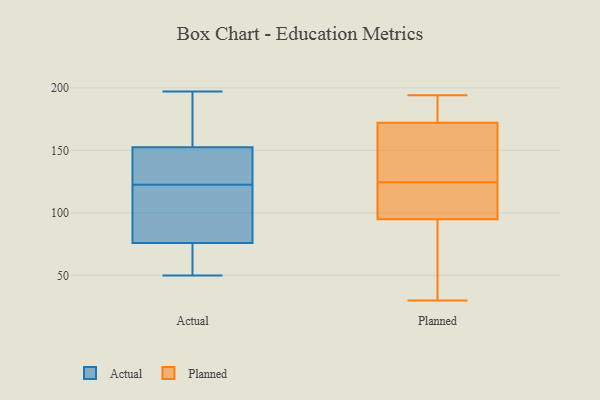
{"axis": {"x": "Waste Production (Tons)", "y": "Value"}, "legend": ["Actual", "Planned"], "data": [{"x": "", "y": 162, "type": "Actual"}, {"x": "", "y": 119, "type": "Actual"}, {"x": "", "y": 70, "type": "Actual"}, {"x": "", "y": 126, "type": "Actual"}, {"x": "", "y": 138, "type": "Actual"}, {"x": "", "y": 117, "type": "Actual"}, {"x": "", "y": 54, "type": "Actual"}, {"x": "", "y": 143, "type": "Actual"}, {"x": "", "y": 166, "type": "Actual"}, {"x": "", "y": 66, "type": "Actual"}, {"x": "", "y": 98, "type": "Actual"}, {"x": "", "y": 54, "type": "Actual"}, {"x": "", "y": 82, "type": "Actual"}, {"x": "", "y": 98, "type": "Actual"}, {"x": "", "y": 197, "type": "Actual"}, {"x": "", "y": 50, "type": "Actual"}, {"x": "", "y": 142, "type": "Actual"}, {"x": "", "y": 129, "type": "Actual"}, {"x": "", "y": 185, "type": "Actual"}, {"x": "", "y": 176, "type": "Actual"}, {"x": "", "y": 184, "type": "Planned"}, {"x": "", "y": 70, "type": "Planned"}, {"x": "", "y": 160, "type": "Planned"}, {"x": "", "y": 97, "type": "Planned"}, {"x": "", "y": 194, "type": "Planned"}, {"x": "", "y": 93, "type": "Planned"}, {"x": "", "y": 140, "type": "Planned"}, {"x": "", "y": 30, "type": "Planned"}, {"x": "", "y": 105, "type": "Planned"}, {"x": "", "y": 134, "type": "Planned"}, {"x": "", "y": 189, "type": "Planned"}, {"x": "", "y": 115, "type": "Planned"}]}